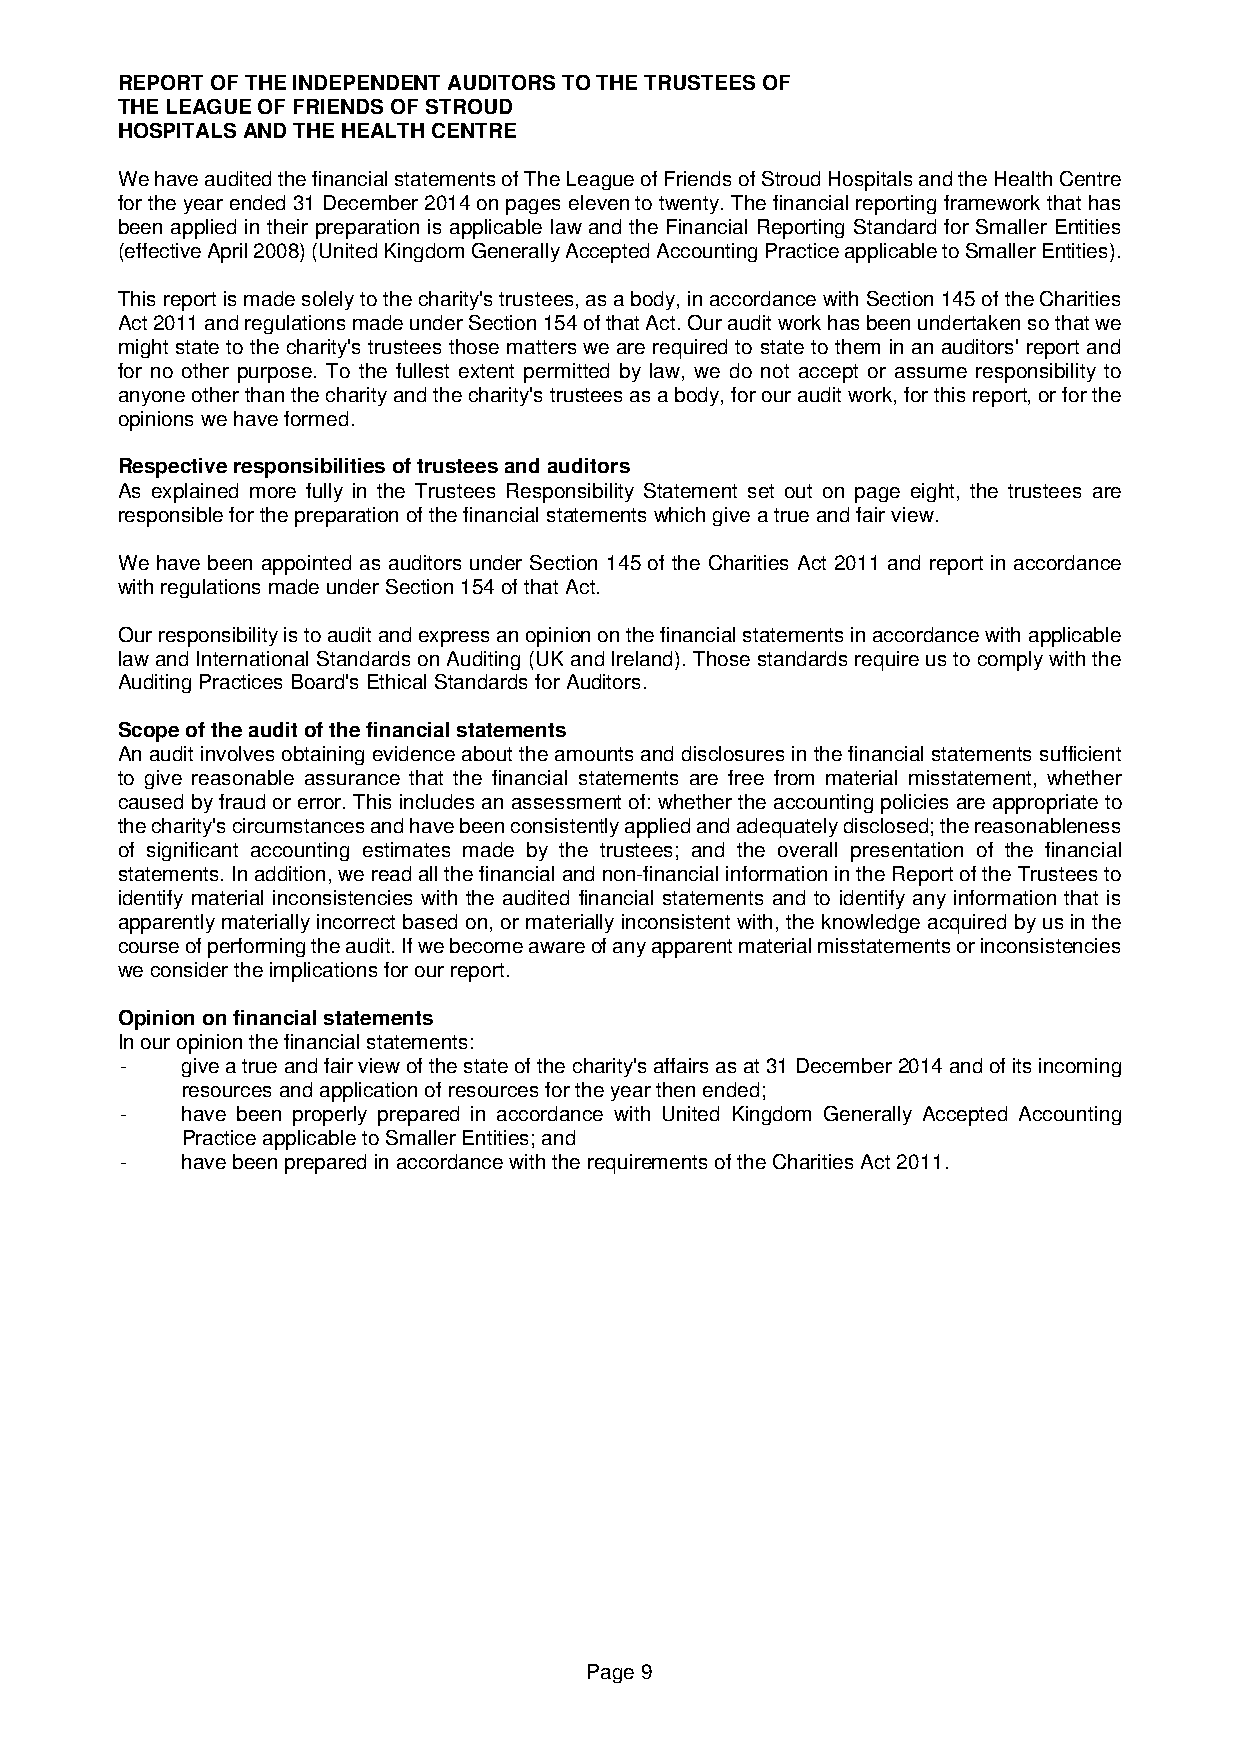
REPORT OF THE INDEPENDENT AUDITORS TO THE TRUSTEES OF
 THE LEAGUE OF FRIENDS OF STROUD
 HOSPITALS AND THE HEALTH CENTRE
 We have audited the financial statements of The League of Friends of Stroud Hospitals and the Health Centre
 for the year ended 31 December 2014 on pages eleven to twenty. The financial reporting framework that has
 been applied in their preparation is applicable law and the Financial Reporting Standard for Smaller Entities
 (effective April 2008) (United Kingdom Generally Accepted Accounting Practice applicable to Smaller Entities).
 This report is made solely to the charity's trustees, as a body, in accordance with Section 145 of the Charities
 Act 2011 and regulations made under Section 154 of that Act. Our audit work has been undertaken so that we
 might state to the charity's trustees those matters we are required to state to them in an auditors' report and
 for no other purpose. To the fullest extent permitted by law, we do not accept or assume responsibility to
 anyone other than the charity and the charity's trustees as a body, for our audit work, for this report, or for the
 opinions we have formed.
 Respective responsibilities of trustees and auditors
 As explained more fully in the Trustees Responsibility Statement set out on page eight, the trustees are
 responsible for the preparation of the financial statements which give a true and fair view.
 We have been appointed as auditors under Section 145 of the Charities Act 2011 and report in accordance
 with regulations made under Section 154 of that Act.
 Our responsibility is to audit and express an opinion on the financial statements in accordance with applicable
 law and International Standards on Auditing (UK and Ireland). Those standards require us to comply with the
 Auditing Practices Board's Ethical Standards for Auditors.
 Scope of the audit of the financial statements
 An audit involves obtaining evidence about the amounts and disclosures in the financial statements sufficient
 to give reasonable assurance that the financial statements are free from material misstatement, whether
 caused by fraud or error. This includes an assessment of: whether the accounting policies are appropriate to
 the charity's circumstances and have been consistently applied and adequately disclosed; the reasonableness
 of significant accounting estimates made by the trustees; and the overall presentation of the financial
 statements. In addition, we read all the financial and non-financial information in the Report of the Trustees to
 identify material inconsistencies with the audited financial statements and to identify any information that is
 apparently materially incorrect based on, or materially inconsistent with, the knowledge acquired by us in the
 course of performing the audit. If we become aware of any apparent material misstatements or inconsistencies
 we consider the implications for our report.
 Opinion on financial statements
 In our opinion the financial statements:
 -   give a true and fair view of the state of the charity's affairs as at 31 December 2014 and of its incoming
 resources and application of resources for the year then ended;
 -   have been properly prepared in accordance with United Kingdom Generally Accepted Accounting
 Practice applicable to Smaller Entities; and
 -   have been prepared in accordance with the requirements of the Charities Act 2011.
 Page 9